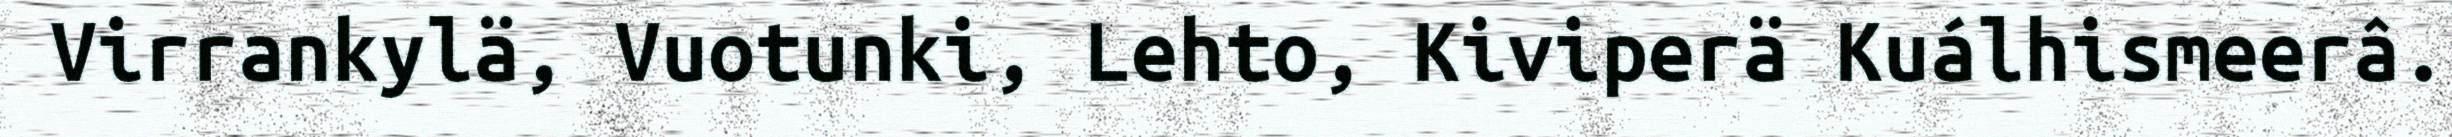
Virrankylä, Vuotunki, Lehto, Kiviperä Kuálhismeerâ.